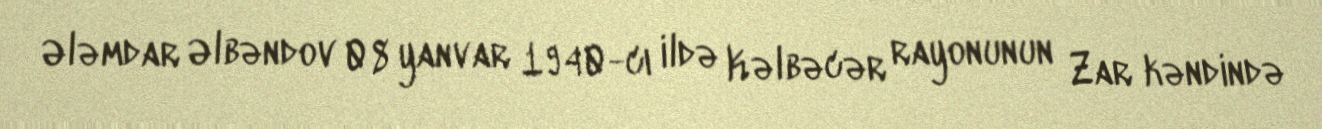
Ələmdar Əlbəndov 08 yanvar 1940-cı ildə Kəlbəcər rayonunun Zar kəndində